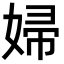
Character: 婦